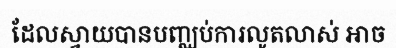
ដែលស្វាយបានបញ្ឈប់ការលូតលាស់ អាច